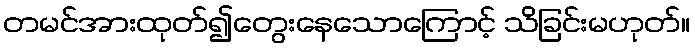
တမင်အားထုတ်၍တွေးနေသောကြောင့် သိခြင်းမဟုတ်။